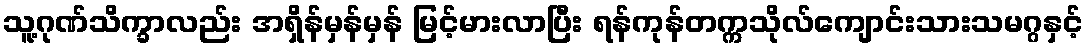
သူ့ဂုဏ်သိက္ခာလည်း အရှိန်မှန်မှန် မြင့်မားလာပြီး ရန်ကုန်တက္ကသိုလ်ကျောင်းသားသမဂ္ဂနှင့်